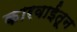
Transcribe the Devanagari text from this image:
कारवाईतून